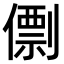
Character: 𠎼